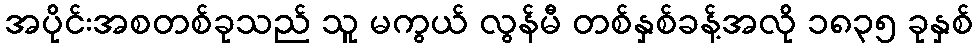
အပိုင်းအစတစ်ခုသည် သူ မကွယ် လွန်မီ တစ်နှစ်ခန့်အလို ၁၈၃၅ ခုနှစ်